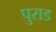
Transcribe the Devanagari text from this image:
पुराड